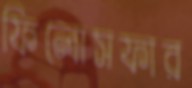
ফিলোসফার